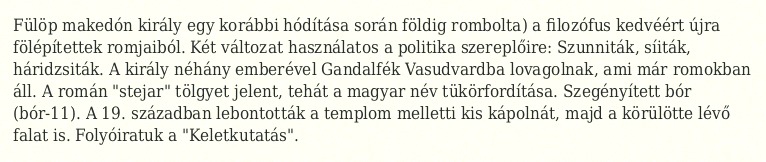
Fülöp makedón király egy korábbi hódítása során földig rombolta) a filozófus kedvéért újra fölépítettek romjaiból. Két változat használatos a politika szereplőire: Szunniták, síiták, háridzsiták. A király néhány emberével Gandalfék Vasudvardba lovagolnak, ami már romokban áll. A román "stejar" tölgyet jelent, tehát a magyar név tükörfordítása. Szegényített bór (bór-11). A 19. században lebontották a templom melletti kis kápolnát, majd a körülötte lévő falat is. Folyóiratuk a "Keletkutatás".